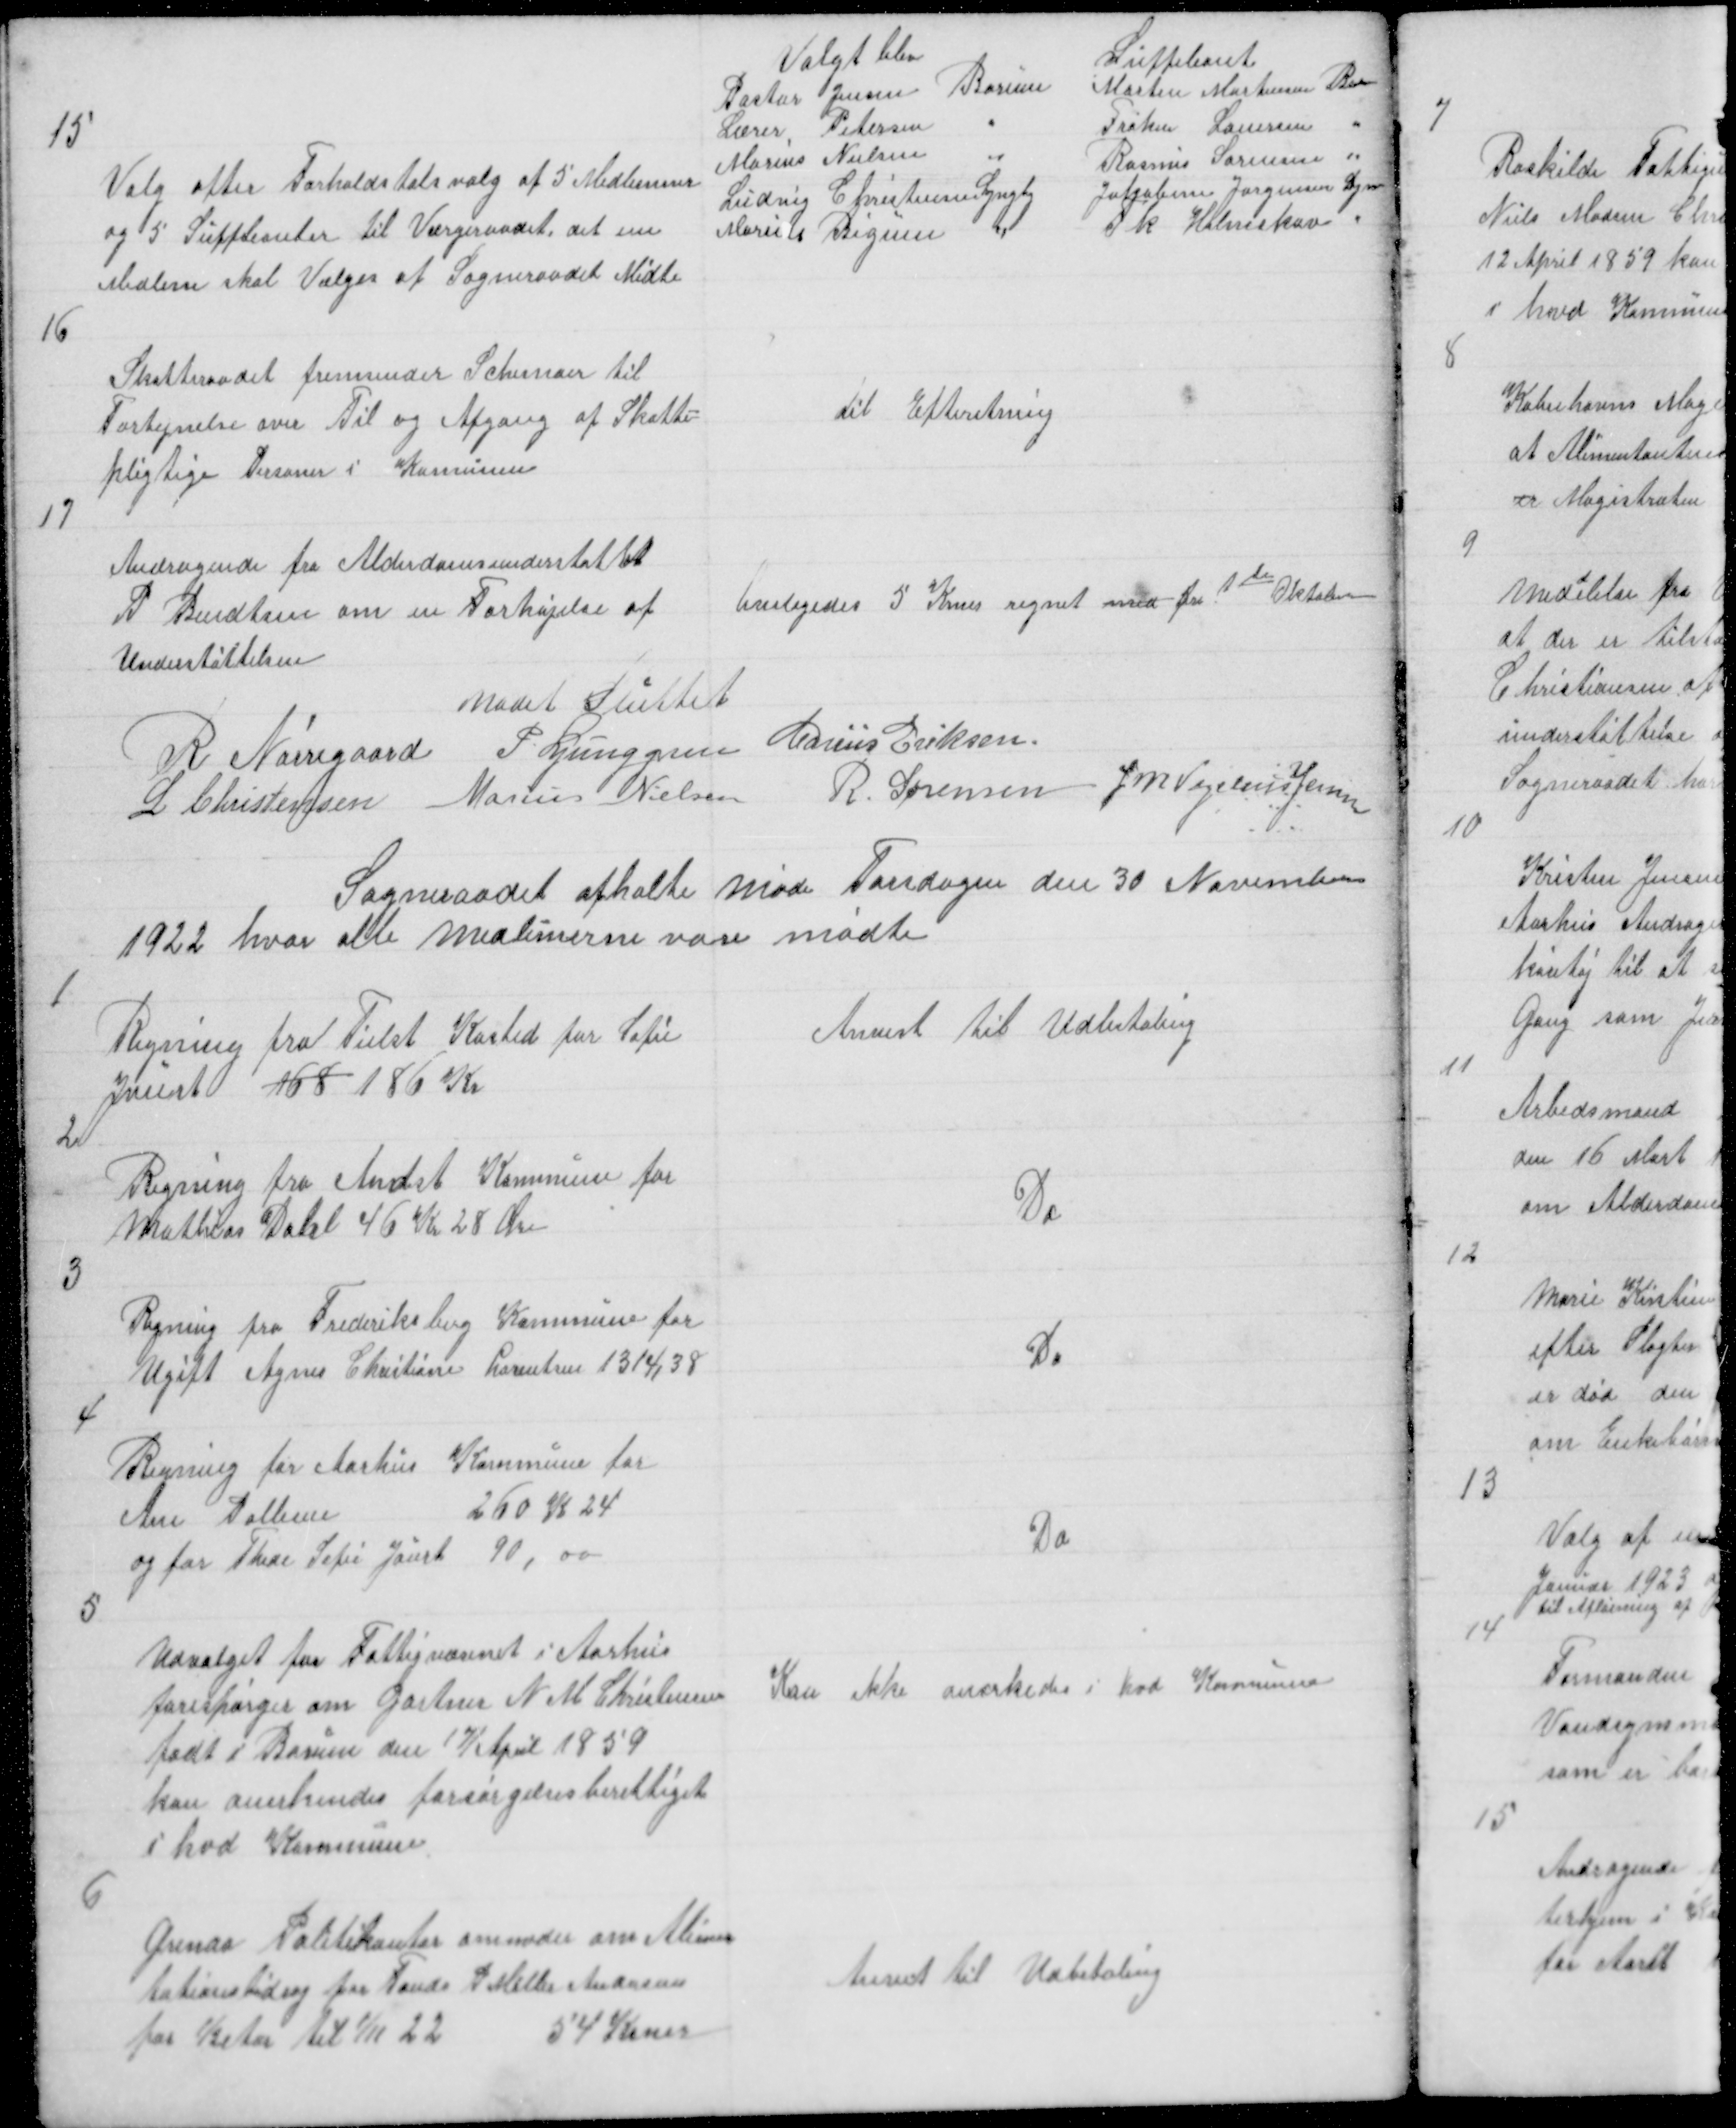
Transskription:
15

Valg efter Forholdstalsvalg af 5 Medlemme
og 5 Suppleanter til Værgerraadet, det ene 
Medlem skal Vælges af Sogneraadet Midte

Valgt blev
Pastor Jensen Borum
Lærer Petersen "
Marius Nielsen "
Ludvig Christensen Lyngby
Marius Bigum "

Suppleant
Morten Mortensen Bor
Frøken Lauersen "
Rasmus Sørensen "
Jakobine Jørgensen Lyn
Fk Halmskov "

16

Skatteraadet fremsender Schemaer til
Fortegnelse over Til og Afgang af Skatte=
pligtige Personer i Komunen

til Efterretning

17

Andragende fra Alderdomsunderstøttet
P Bendtsen om en Forhøjelse af
Understøttelsen

bviligedes 5 Krner regnet med fra 1te Oktober

Mødet sluttet
R Nørregaard P Ljunggren Marius Eriksen
L Christensen Marius Nielsen
R. Sørensen J M Vogelius Jensen

Sogneraadet afholte Møde Torsdagen den 30 November
1922 hvor alle Medlemerne vare mødte

1

Regning fra Tielst Kasted for Sofie
Jaurt 168 186 Kr

Anvist til Udbetaling

2

Regning fra Andst Kommune for
Mathias Dahl 46 Kr 28 Øre

Do

3

Regning fra Frederiksberg Kommune for
Ugift Agnes Christiane Lorentsen 1314,38

Do

4

Regning for Aarhus Kommune for
Ane Pallesen
260 K 24
og for Thede Sofie Jaurt 90,00

Do

5

Udvalget for Fattigvæsenet i Aarhus
forespørger om Gartner N M Christensen
født i Borum den 17/April 1859
kan anerkendes forsørgelsesberettiget
i hvd Kommune

Kan ikke anerkendes i hvd Kommune

6

Grenaa Politikontor anmoder om Alimen
tationsbidrag for Fands P Møller Andersen
for ½ Aar til 1/11 22
54 Krner

Anvist til Udbetaling